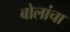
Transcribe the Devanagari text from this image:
बोलांचा